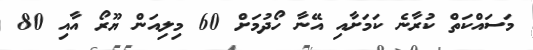
މަސައްކަތް ކުރާނެ ކަމަށާއި އޭނާ ހޯދުމަށް 60 މިލިއަން ޔޫރޯ އާއި 80